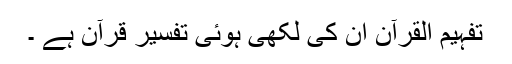
تفہیم القرآن ان کی لکھی ہوئی تفسیر قرآن ہے ۔